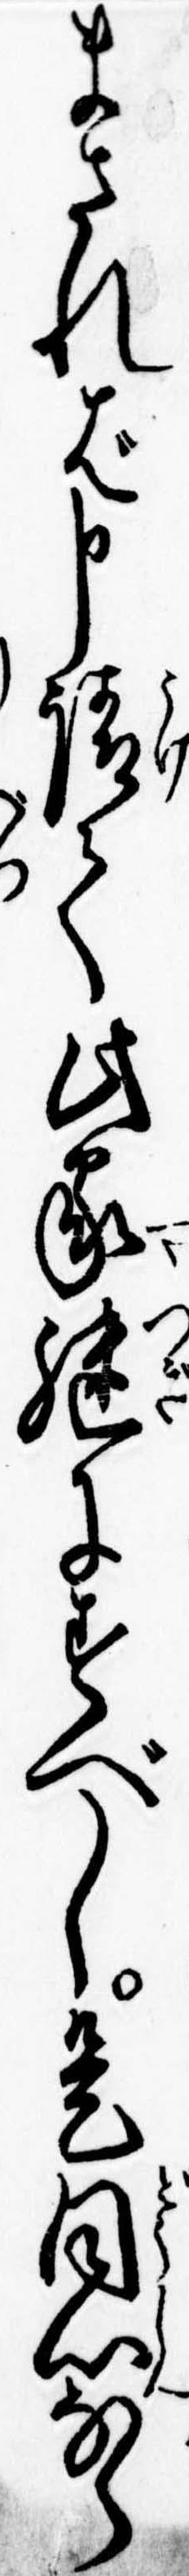
まされば申請て此家継にすべし是同心なら